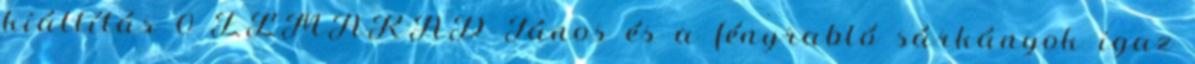
kiállítás 0 ELMARAD János és a fényrabló sárkányok igaz